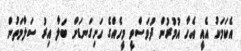
އެކަމަކު އެއީ އެހާ އުމުރުން ދުވަސްވީ މީހެއްގެ ހަށިގަނޑަށް ބަލާ އިރު ސަލާމަތުން